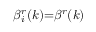
\beta _ { i } ^ { r } ( k ) { = } \beta ^ { r } ( k )